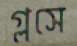
গ্লসে